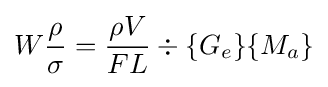
W{\frac {\rho }{\sigma }}={\frac {\rho V}{FL}}\div \{G_{e}\}\{M_{a}\}